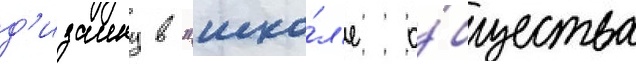
д'изаину в "шко́л'е о́бщества